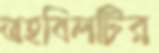
তহবিলটির